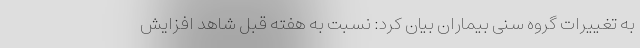
به تغییرات گروه سنی بیماران بیان کرد: نسبت به هفته قبل شاهد افزایش